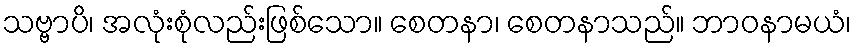
သဗ္ဗာပိ၊ အလုံးစုံလည်းဖြစ်သော။ စေတနာ၊ စေတနာသည်။ ဘာဝနာမယံ၊